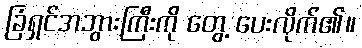
ခြံရှင်အဘွားကြီးကို တွေ့ ပေးလိုက်၏။